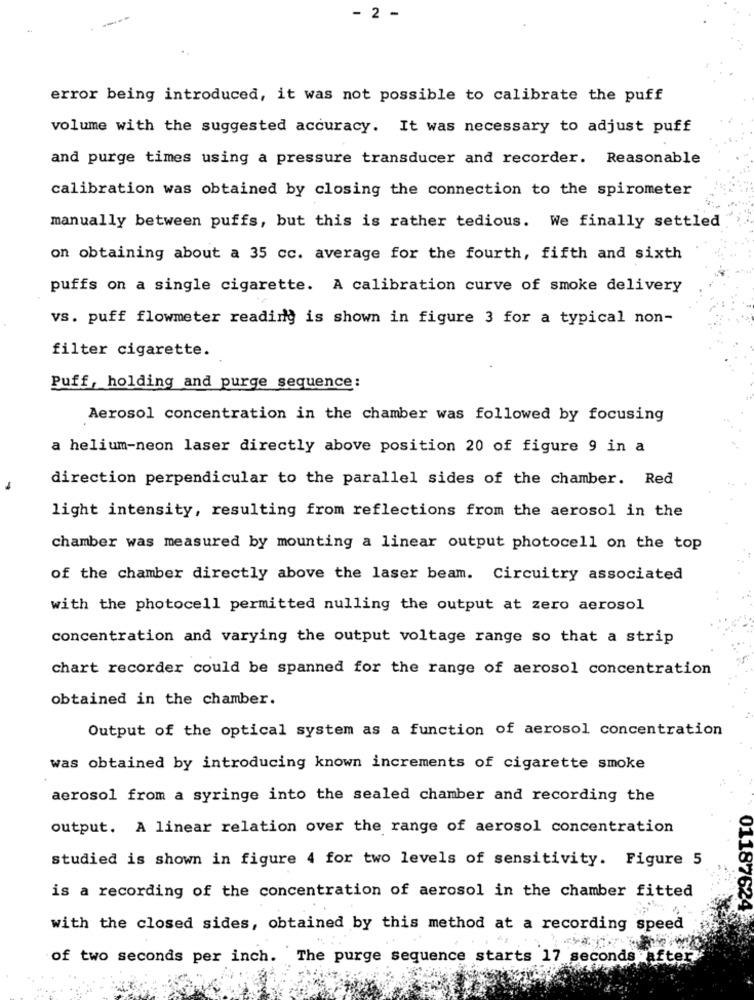
----
- 2 -
error being introduced, it was not possible to calibrate the puff
volume with the suggested accuracy. It was necessary to adjust puff
and purge times using a pressure transducer and recorder. Reasonable
calibration was obtained by closing the connection to the spirometer
manually between puffs, but this is rather tedious. We finally settled
on obtaining about a 35 cc. average for the fourth, fifth and sixth
puffs on a single cigarette. A calibration curve of smoke delivery
vs. puff flowmeter reading is shown in figure 3 for a typical non-
filter cigarette.
Puff, holding and purge sequence:
Aerosol concentration in the chamber was followed by focusing
a helium-neon laser directly above position 20 of figure 9 in a
direction perpendicular to the parallel sides of the chamber. Red
-
light intensity, resulting from reflections from the aerosol in the
chamber was measured by mounting a linear output photocell on the top
of the chamber directly above the laser beam. Circuitry associated
with the photocell permitted nulling the output at zero aerosol
concentration and varying the output voltage range so that a strip
chart recorder could be spanned for the range of aerosol concentration
obtained in the chamber.
Output of the optical system as a function of aerosol concentration
was obtained by introducing known increments of cigarette smoke
aerosol from a syringe into the sealed chamber and recording the
output. A linear relation over the range of aerosol concentration
studied is shown in figure 4 for two levels of sensitivity. Figure 5
is a recording of the concentration of aerosol in the chamber fitted
01187624
with the closed sides, obtained by this method at a recording speed
of two seconds per inch. The purge sequence starts 17 seconds after